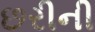
છરીની